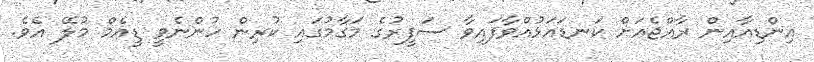
އިންޑިއާއިން ރާއްޖެއަށް ކަނޑައަޅުއްވާފައިވާ ސަފީރުގެ މަގާމުގައި ކުރިން ހުންނެވީ ޑީއެމް މުލޭ އެވެ.